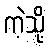
ကဲ့သို့